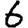
Digit: 6